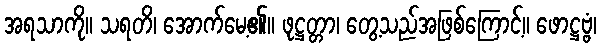
အရသာကို။ သရတိ၊ အောက်မေ့၏။ ဖုဋ္ဌတ္တာ၊ တွေ့သည်အဖြစ်ကြောင့်။ ဖောဋ္ဌဗ္ဗံ၊